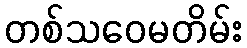
တစ်သဝေမတိမ်း